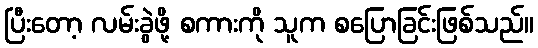
ပြီးတော့ လမ်းခွဲဖို့ စကားကို သူက စပြောခြင်းဖြစ်သည်။